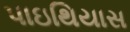
પાઇથિયાસ